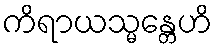
ကိရာယသ္မန္တေဟိ